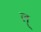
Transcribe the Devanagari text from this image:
ल्‌